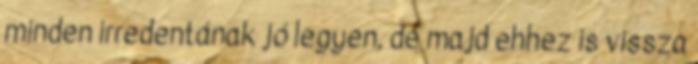
minden irredentának jó legyen, de majd ehhez is vissza